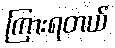
ကြားရတယ်